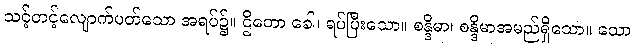
သင့်တင့်လျောက်ပတ်သော အရပ်၌။ ဌိတော ခေါ၊ ရပ်ပြီးသော။ စန္ဒိမာ၊ စန္ဒိမာအမည်ရှိသော။ သော